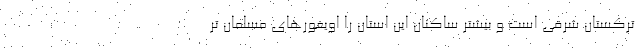
ترکستان شرقی است و بیشتر ساکنان این استان را اویغورهای مسلمانِ تر